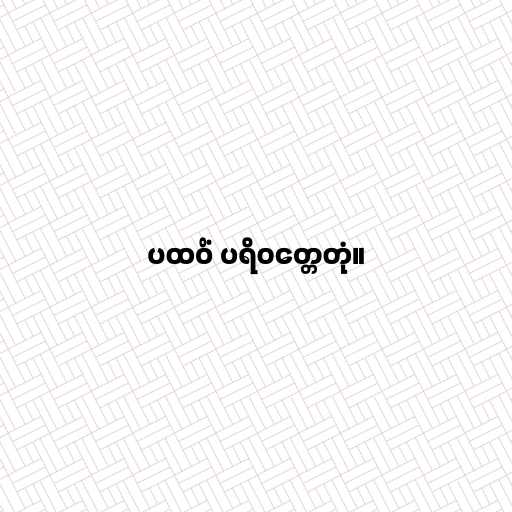
ပထဝိံ ပရိဝတ္တေတုံ။